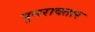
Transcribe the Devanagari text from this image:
पुनरावतार